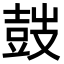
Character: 𡔷